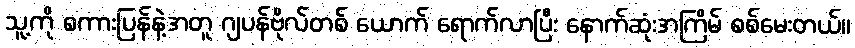
သူ့ကို စကားပြန်နဲ့အတူ ဂျပန်ဗိုလ်တစ် ယောက် ရောက်လာပြီး နောက်ဆုံးအကြိမ် စစ်မေးတယ်။